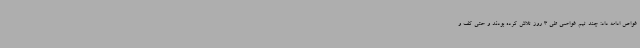
غواص ادامه داد: چند تیم غواصی طی 3 روز تلاش کرده بودند و حتی کف و